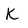
Character: K